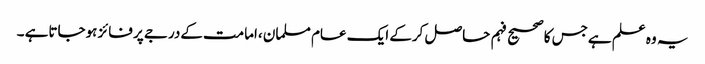
یہ وہ علم ہےجس کاصحیح فہم حاصل کرکے ایک عام مسلمان ،امامت کےدرجے پر فائز ہوجاتاہے ۔